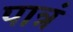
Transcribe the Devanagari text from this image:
पात्रं